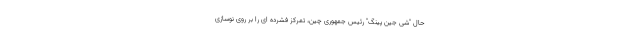
حال "شی جین پینگ" رئیس جمهوری چین، تمرکز فشرده ای را بر روی نوسازی